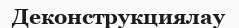
Деконструкциялау